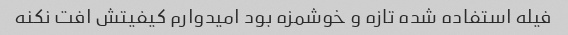
فیله استفاده شده تازه و خوشمزه بود امیدوارم کیفیتش افت نکنه